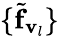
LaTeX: \{ {\widetilde{\mathbf f}_{{\mathbf v}_{l}}}\}